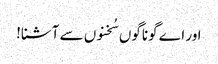
اور اے گوناگوں سُخنوں سے آشنا!